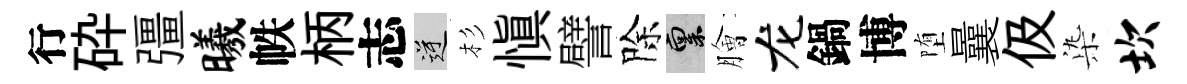
行砕彊曦帙柄志逆杉愼譬除禀膾龙鍋博堕曩伋𣑱坎